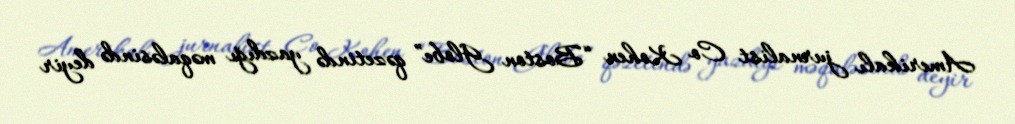
Amerikalı jurnalist Co Kohen “Boston Globe” qəzetində yazdığı məqaləsində deyir